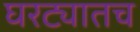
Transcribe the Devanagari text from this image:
घरट्यातच